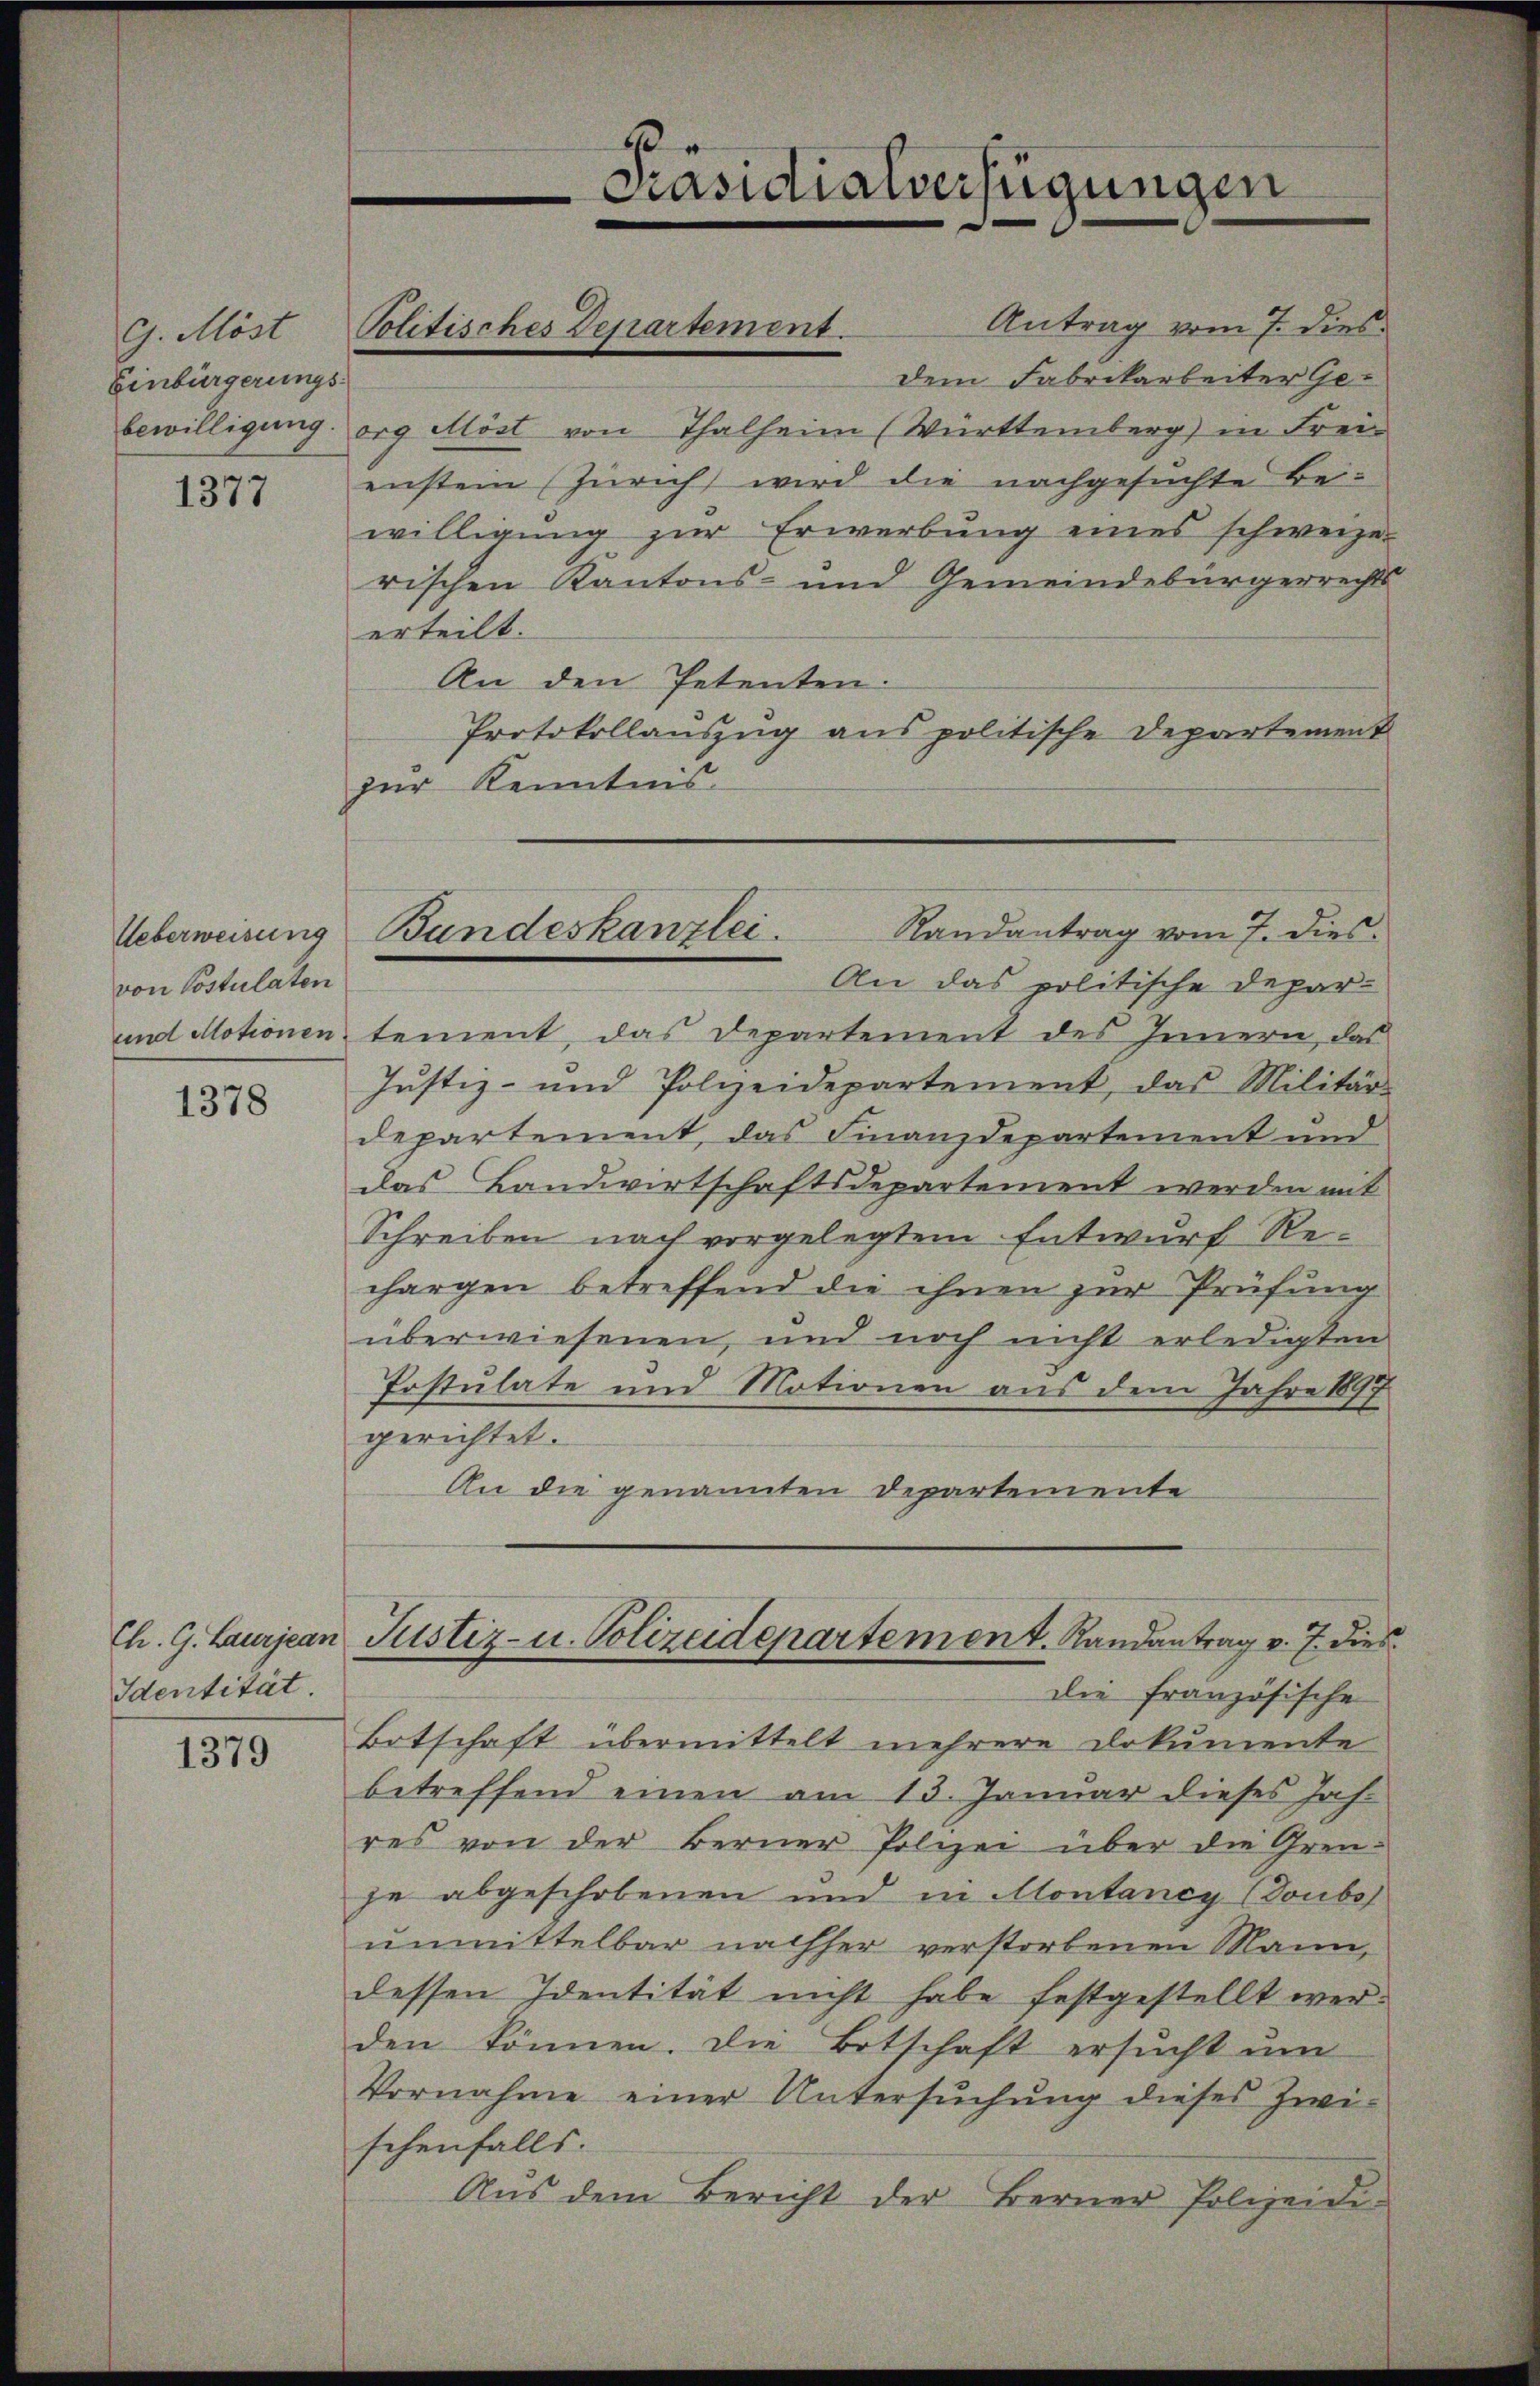
Einbürgerungs¬

1377

Ueberweisung
von Postulaten

1378

Ch. G. Laurjean
Identität.

1379

G. Möst Politisches Departement.

bewilligung org Möst von Thalheim (Württemberg) in Freiensten (Zürich wird die nachgesuchte Bewilligŭng zŭr Erwerbŭng eines schweizer
rischen Kantons- und Gemeindebürgerrechts
erteilt.
An den Petenten.
Protokollauszug aus politische Departement
zur Kenntnis
An das politische Depar¬
und Motionen tement, das Departement des Innern, das
Jŭstiz- und Polizeidepartement, das Militär-
departement, das Finanzdepartement und
das Landwirtschaftsdepartement werden mit
Schreiben nach vorgelegtem Entwurf Rechargen betreffend die ihnen zur Prüfung
überwiesenen, und noch nicht erledigten
Irstulate und Motionen aus dem Jahre 1897
gerichtet.
An die genannten Departemente
Justiz- u. Polizeidepartement. Randantrag v. 7. dies
die französische
Botschaft übermittelt mehrere Dokumente
betreffend einen am 13. Januar dieses Jahres von der Berner Polizei über die Grenje abgeschobenen und in Montaney (Doubos
unmittelbar nachher verstorbenen Mann,
dessen Identität nicht habe festgestellt werden können. Die Botschaft ersŭcht ŭm
Vornahme einer Untersŭchŭng dieses Zwi-
schenfalls.
Aus dem Bericht der Berner Polizeidi¬

Präsidialverfügungen

Randantrag vom 7. dies
Bundeskanzlei.

Antrag vom 7. dies
dem Fabrikarbeiter Ge¬